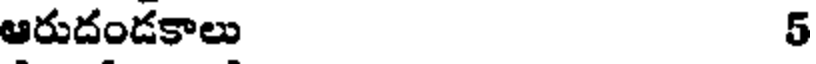
ఆరుదండకాలు 5